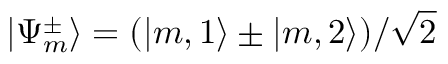
\mathinner { | { \Psi _ { m } ^ { \pm } } \rangle } = ( \mathinner { | { m , 1 } \rangle } \pm \mathinner { | { m , 2 } \rangle } ) / \sqrt { 2 }